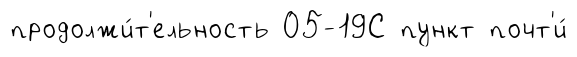
продолжи́т'ельность 05-19С пункт почт'и́